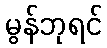
မွန်ဘုရင်